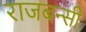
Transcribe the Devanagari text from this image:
राजबन्सी